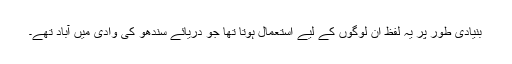
بنیادی طور پر یہ لفظ ان لوگوں کے لیے استعمال ہوتا تھا جو دریائے سندھو کی وادی میں آباد تھے۔